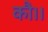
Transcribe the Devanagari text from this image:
कौ।।